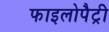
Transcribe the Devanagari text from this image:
फाइलोपैट्री